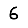
Digit: 6